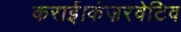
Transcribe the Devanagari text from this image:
कराई।कंज़रवेटिव